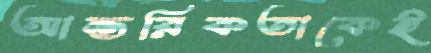
আন্তরিকতাকেই